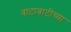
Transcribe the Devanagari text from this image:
बाटाबाटीच्या